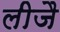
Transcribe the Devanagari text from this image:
लीजै